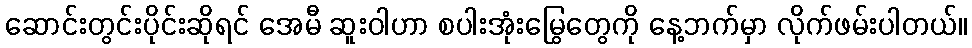
ဆောင်းတွင်းပိုင်းဆိုရင် အေမီ ဆူးဝါဟာ စပါးအုံးမြွေတွေကို နေ့ဘက်မှာ လိုက်ဖမ်းပါတယ်။